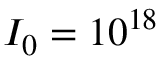
I _ { 0 } = 1 0 ^ { 1 8 }